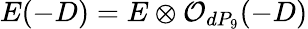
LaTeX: E(-D)=E\otimes{\cal O}_{dP_{9}}(-D)